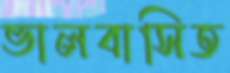
ভালবাসিত